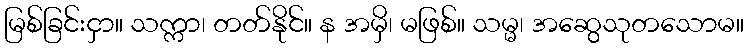
မြစ်ခြင်းငှာ။ သက္ကာ၊ တတ်နိုင်။ န အမှိ၊ မဖြစ်။ သမ္မ၊ အဆွေသုတသောမ။